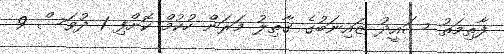
ފާތިމަތު ސައީދު ޒައިނަބުގެ ގާތިލު މަރަން ހުކުމް ކޮށްފި 1 ދުވަސް 9